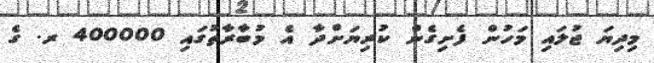
މިދިޔަ ޖުލައި މަހުން ފެށިގެން ކުރިޔަށްދާ އެ މުބާރާތުގައި 400000 ރ. ގެ